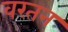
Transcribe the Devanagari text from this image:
वरतन